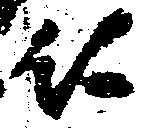
仁